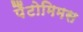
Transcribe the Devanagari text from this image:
पैंटोमिमस